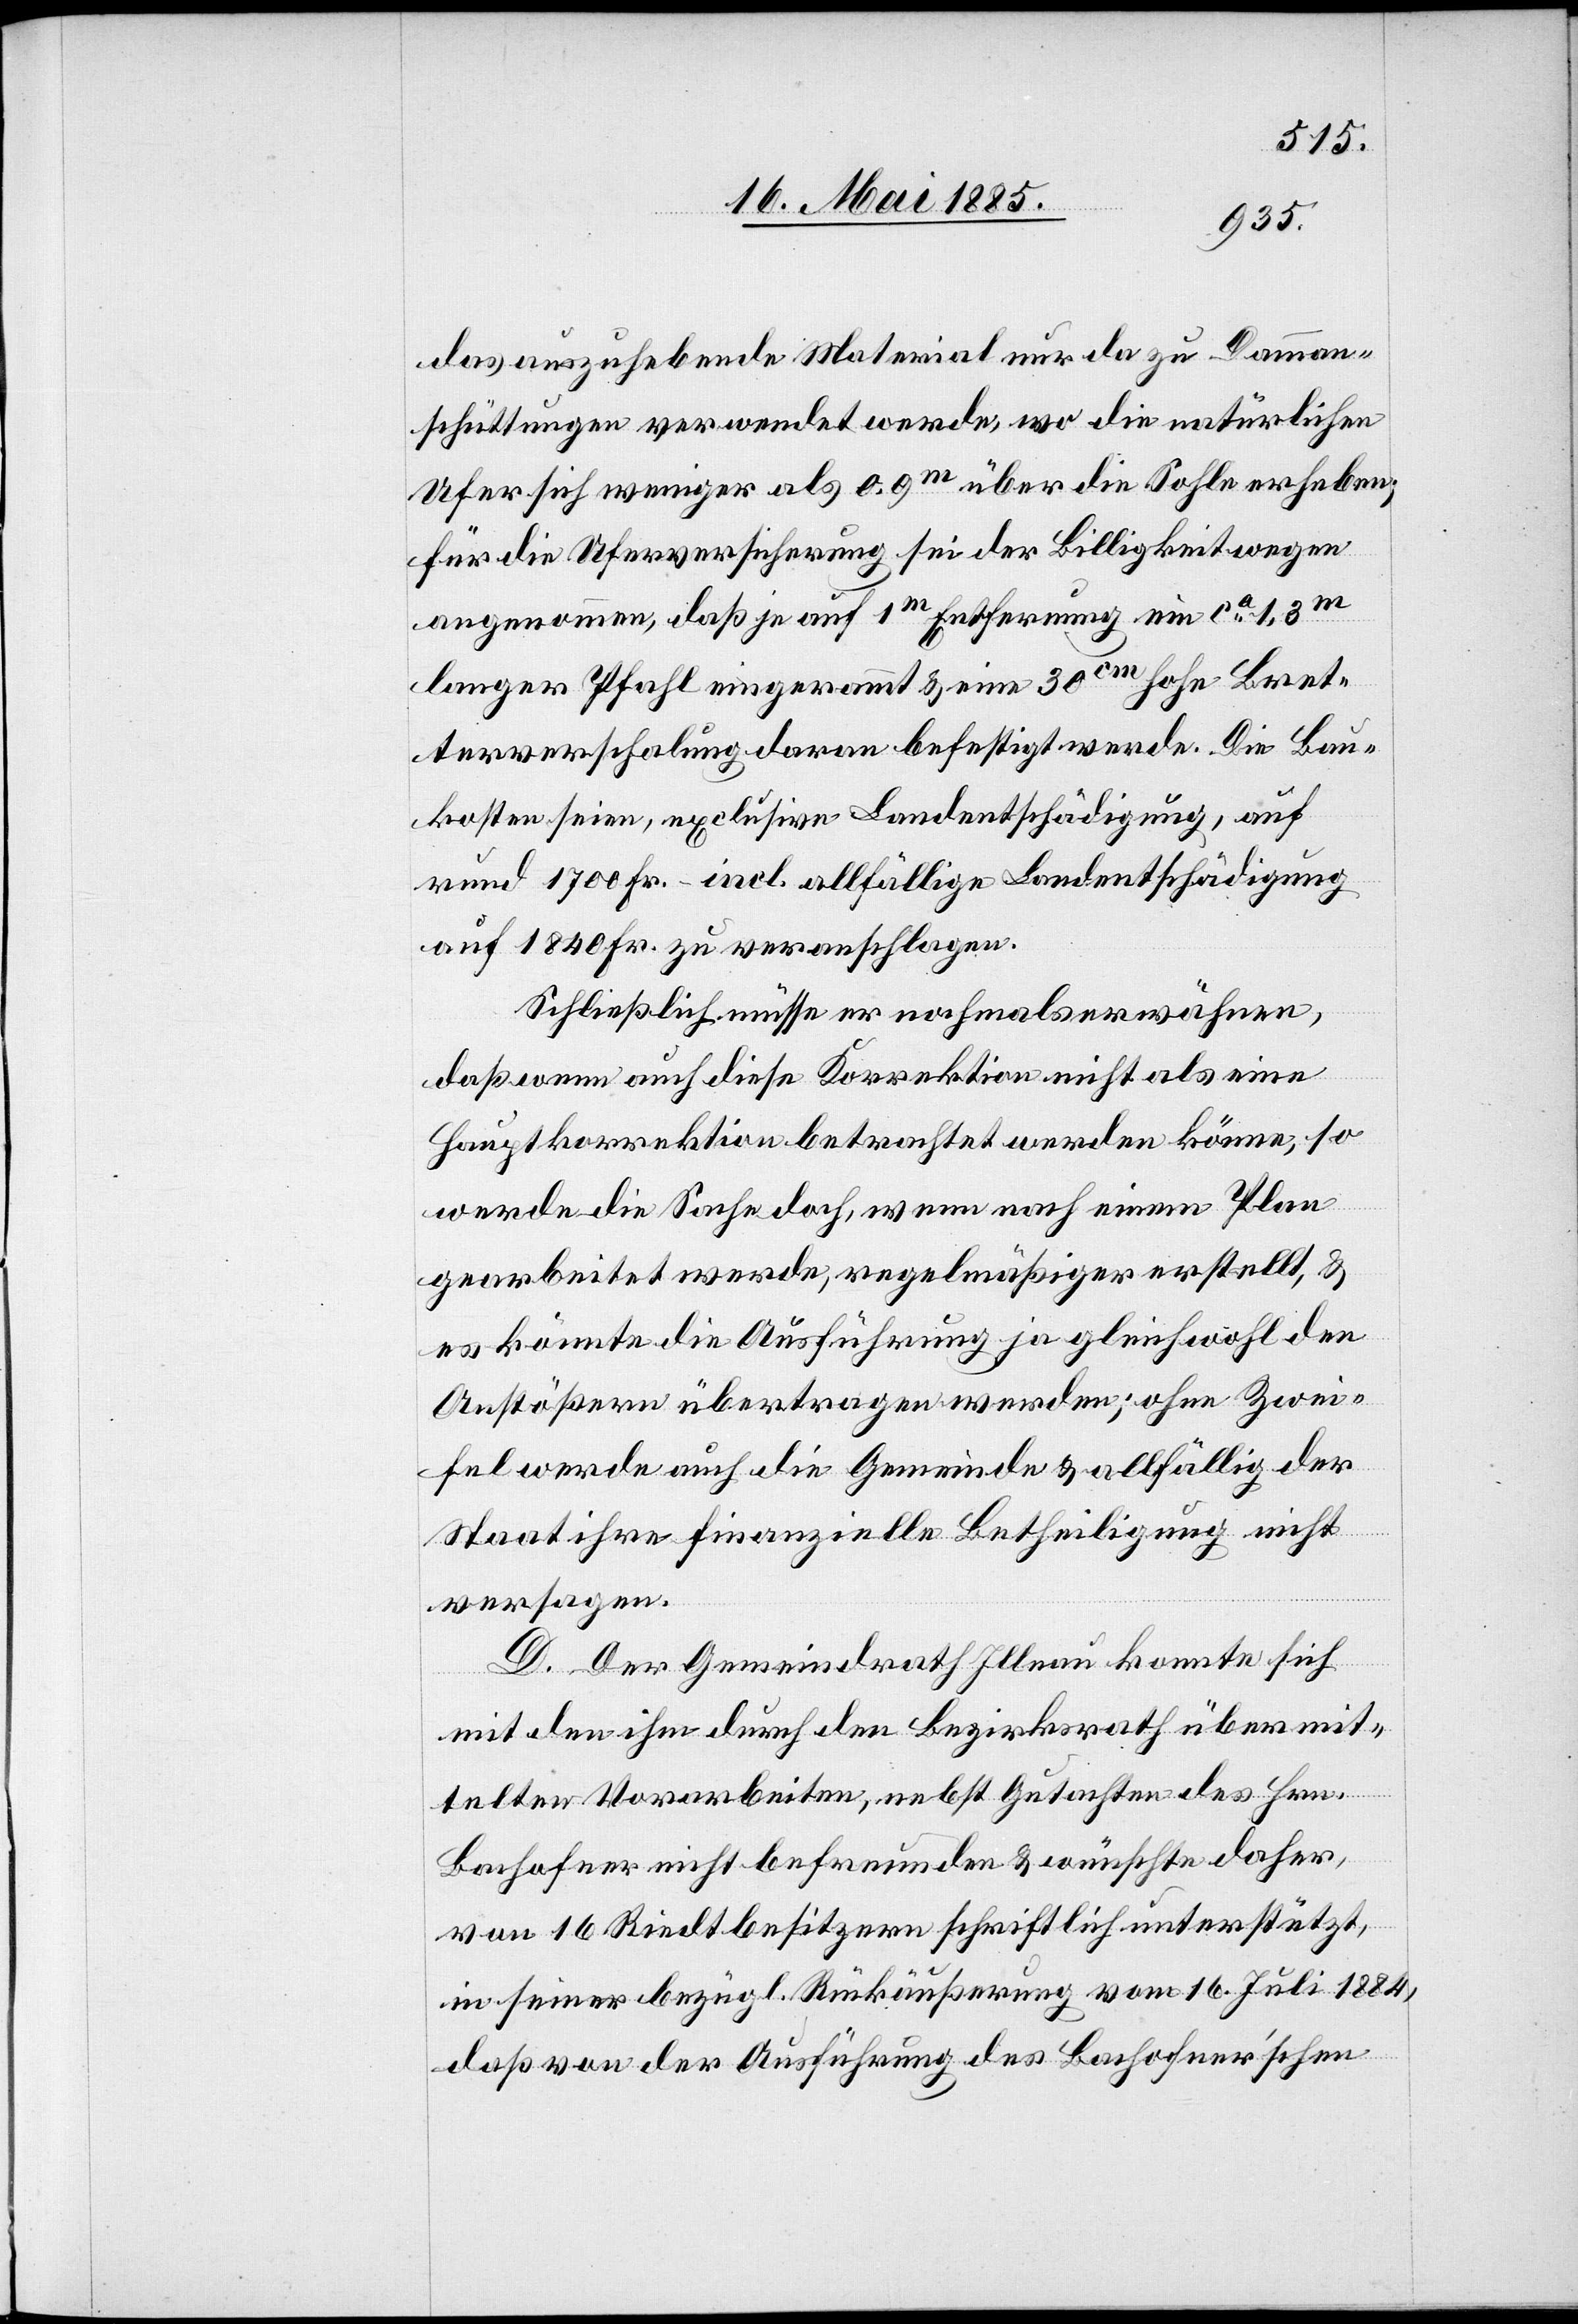
das auszuhebende Material nur da zu Damman¬
schüttungen verwendet werde, wo die natürlichen
Ufer sich weniger als 0,9 m über die Sohle erheben;
für die Uferversicherung sei der Billigkeit wegen
angenommen, daß je auf 1 m Entfernung ein ca 1,3 m
langer Pfahl eingerammt & eine 30 cm hohe Bret¬
terverschalung daran befestigt werde. Die Bau¬
kosten seien, exclusive Landentschädigung, auf
rund 1700 Fr. – incl. allfällige Landentschädigung
auf 1840 Fr. zu veranschlagen.
Schließlich müsse er nochmals erwähnen,
daß wenn auch diese Korrektion nicht als eine
Hauptkorrektion betrachtet werden könne, so
werde die Sache doch, wenn nach einem Plan
gearbeitet werde, regelmäßiger erstellt, &
es könnte die Ausführung ja gleichwohl den
Anstößern übertragen werden; ohne Zwei¬
fel werde auch die Gemeinde & allfällig der
Staat ihre finanzielle Betheiligung nicht
versagen.
D. Der Gemeindrath Illnau konnte sich
mit den ihm durch den Bezirksrath übermit¬
telten Vorarbeiten, nebst Gutachten des Hrn.
Bachofner nicht befreunden & wünschte daher,
von 16 Riedtbesitzern schriftlich unterstützt,
in seiner bezügl. Rückäußerung vom 16. Juli 1884,
daß von der Ausführung des Bachofner’schen